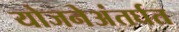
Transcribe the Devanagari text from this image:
योजनेअंतर्घत